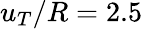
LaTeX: u_{T}/R=2.5